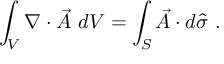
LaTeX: \int _ { V } \nabla \cdot { \vec { A } } \ d V = \int _ { S } { \vec { A } } \cdot d { \widehat { \sigma } } ~ .